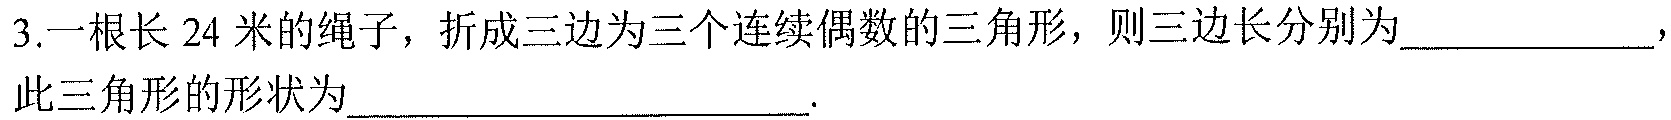
3.一根长 24 米的绳子，折成三边为三个连续偶数的三角形，则三边长分别为  ，此三角形的形状为  .